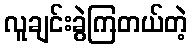
လူချင်းခွဲကြတယ်တဲ့